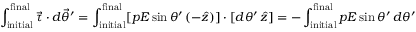
\int _ { \mathrm { i n i t i a l } } ^ { \mathrm { f i n a l } } \vec { \tau } \cdot d \vec { \theta } ^ { \prime } = \int _ { \mathrm { i n i t i a l } } ^ { \mathrm { f i n a l } } [ p E \sin \theta ^ { \prime } \, ( - \hat { z } ) ] \cdot [ d \theta ^ { \prime } \, \hat { z } ] = - \int _ { \mathrm { i n i t i a l } } ^ { \mathrm { f i n a l } } p E \sin \theta ^ { \prime } \, d \theta ^ { \prime }